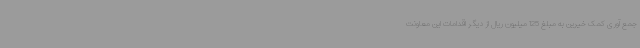
جمع آوری کمک خیرین به مبلغ 125 میلیون ریال از دیگر اقدامات این معاونت